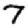
Digit: 7